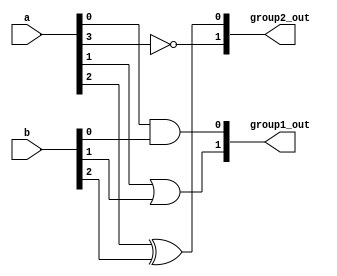
module overlapping_groups (
    input wire [3:0] a,        // Primary input signals
    input wire [3:0] b,        // Additional input signals
    output wire [1:0] group1_out, // Output from Group 1
    output wire [1:0] group2_out  // Output from Group 2
);

    // Group 1 Logic: Implements a simple logic function
    // Example: Group 1 performs AND and OR operations
    wire g1_input1, g1_input2;
    assign g1_input1 = a[0] & b[0]; // AND operation
    assign g1_input2 = a[1] | b[1]; // OR operation

    assign group1_out[0] = g1_input1; // Output from Group 1
    assign group1_out[1] = g1_input2; // Output from Group 1

    // Group 2 Logic: Implements a different logic function
    // Example: Group 2 performs XOR and NOT operations
    wire g2_input1, g2_input2;
    assign g2_input1 = a[2] ^ b[2]; // XOR operation
    assign g2_input2 = ~a[3];       // NOT operation

    assign group2_out[0] = g2_input1; // Output from Group 2
    assign group2_out[1] = g2_input2; // Output from Group 2

endmodule